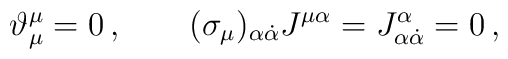
\vartheta_{\mu}^\mu=0\,,\qquad (\sigma_\mu)_{\alpha \dot\alpha}J^{\mu\alpha}=J^\alpha_{\alpha\dot\alpha}=0\,,